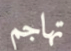
تهاجم